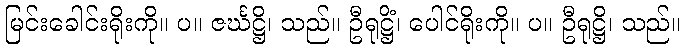
မြင်းခေါင်းရိုးကို။ ပ။ ဇင်္ဃဋ္ဌိ၊ သည်။ ဦရုဋ္ဌိံ၊ ပေါင်ရိုးကို။ ပ။ ဦရုဋ္ဌိ၊ သည်။